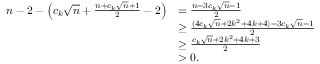
\begin{array} { r l } { n - 2 - \left( c _ { k } \sqrt { n } + \frac { n + c _ { k } \sqrt { n } + 1 } { 2 } - 2 \right) } & { = \frac { n - 3 c _ { k } \sqrt { n } - 1 } { 2 } } \\ & { \geq \frac { ( 4 c _ { k } \sqrt { n } + 2 k ^ { 2 } + 4 k + 4 ) - 3 c _ { k } \sqrt { n } - 1 } { 2 } } \\ & { \geq \frac { c _ { k } \sqrt { n } + 2 k ^ { 2 } + 4 k + 3 } { 2 } } \\ & { > 0 . } \end{array}